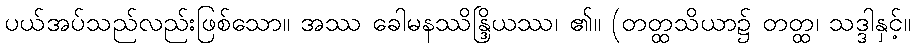
ပယ်အပ်သည်လည်းဖြစ်သော။ အဿ ခေါမနဿိန္ဒြိယဿ၊ ၏။ (တတ္ထသိယာ၌ တတ္ထ၊ သဒ္ဒါနှင့်။